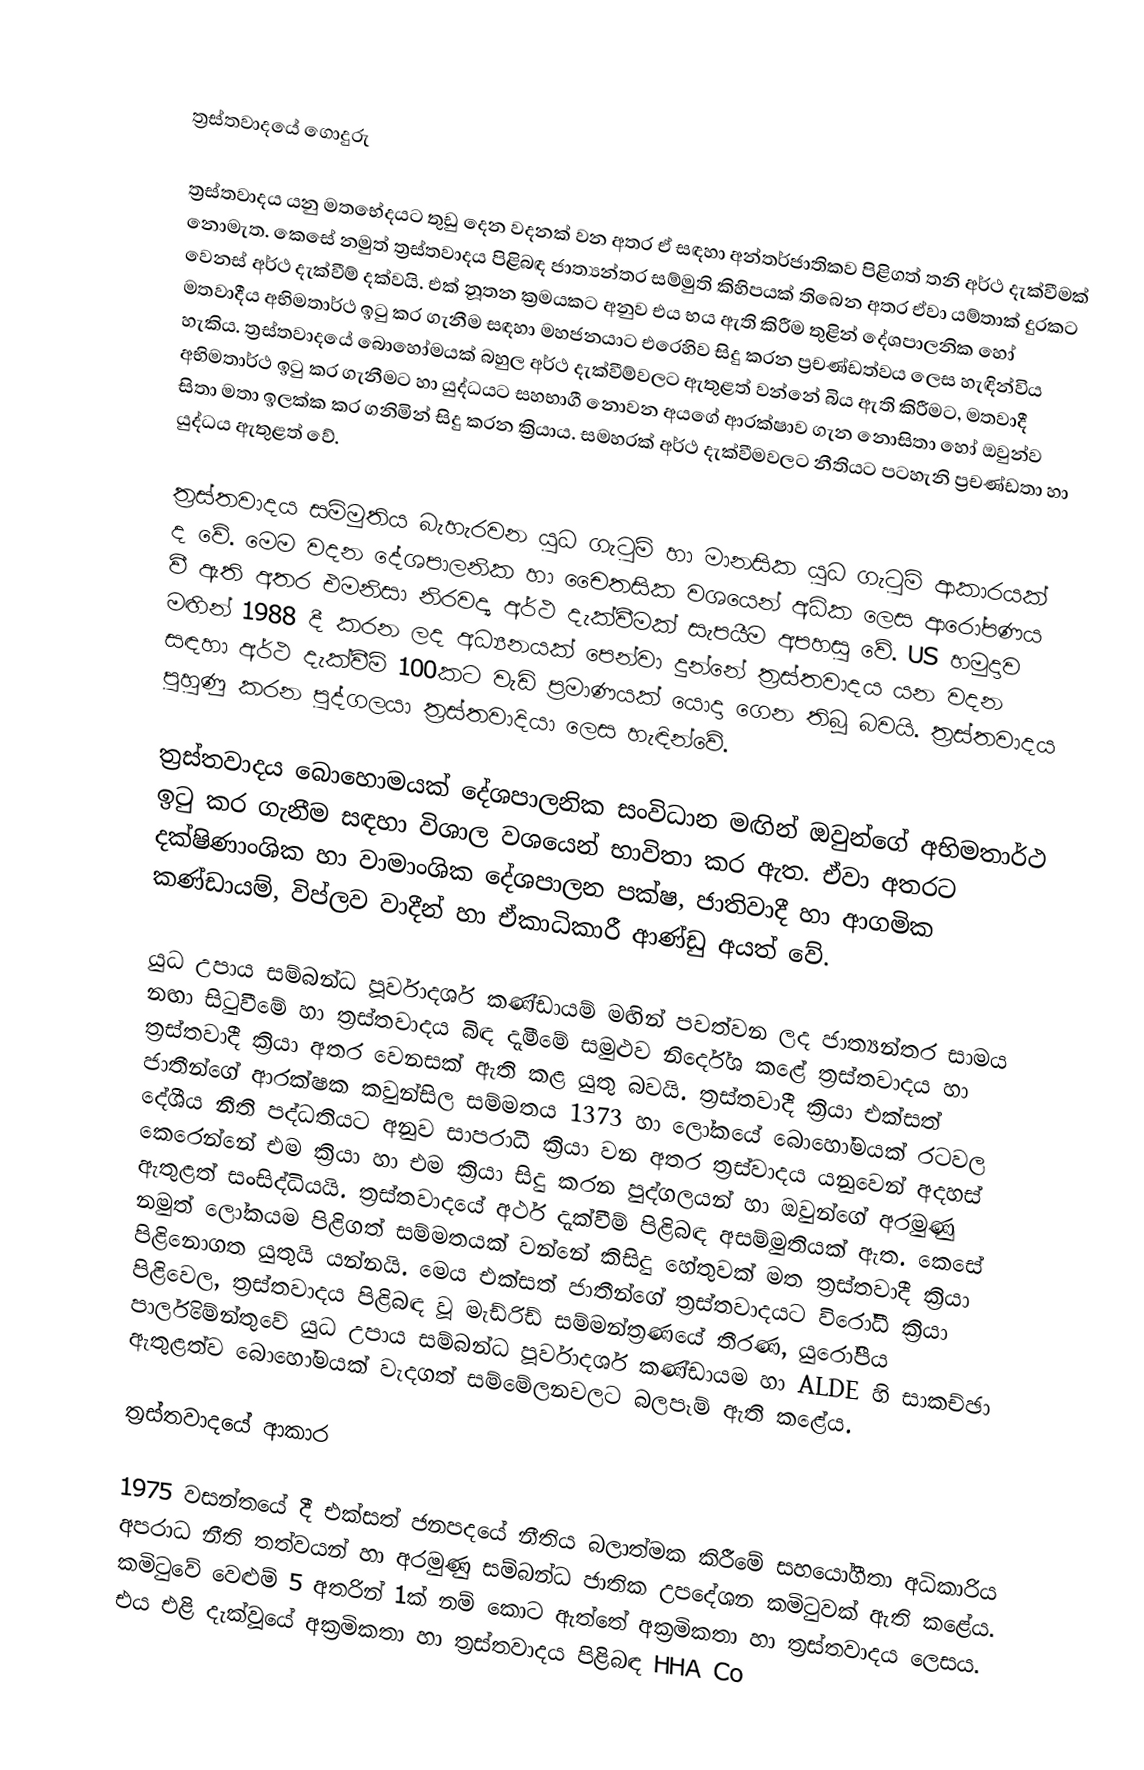

ත්‍රස්තවාදයේ ගොදුරු

ත්‍රස්තවාදය යනු මතභේදයට තුඩු දෙන වදනක් වන අතර ඒ සඳහා අන්තර්ජාතිකව පිළිගත් තනි අර්ථ දැක්වීමක් නොමැත. කෙසේ නමුත් ත්‍රස්තවාදය පිළිබඳ ජාත්‍යන්තර සම්මුති කිහිපයක් තිබෙන අතර ඒවා යම්තාක් දුරකට වෙනස් අර්ථ දැක්වීම් දක්වයි. එක් නූතන ක්‍රමයකට අනුව එය භය ඇති කිරීම තුළින් දේශපාලනික හෝ මතවාදීය අභිමතාර්ථ ඉටු කර ගැනීම සඳහා මහජනයාට ‍එරෙහිව සිදු කරන ප්‍රචණ්ඩත්වය ලෙස හැඳින්විය හැකිය. ත්‍රස්තවාදයේ බොහෝමයක් බහුල අර්ථ දැක්වීම්වලට ඇතුළත් වන්නේ බිය ඇති කිරීමට, මතවාදී අභිමතාර්ථ ඉටු කර ගැනීමට හා යුද්ධයට සහභාගී නොවන අයගේ ආරක්ෂාව ගැන නොසිතා හෝ ඔවුන්ව සිතා මතා ඉලක්ක කර ගනිමින් සිදු කරන ක්‍රියාය. සමහරක් අර්ථ දැක්වීමවලට නීතියට පටහැනි ප්‍රචණ්ඩතා හා යුද්ධය ඇතුළත් වේ.

ත්‍රස්තවාදය සම්මුතිය බැහැරවන යුධ ගැටුම් හා මානසික යුධ ගැටුම් ආකාරයක් ද වේ. මෙම වදන දේශපාලනික හා චෛතසික වශයෙන් අධික ලෙස ආරෝපණය වී ඇති අතර එමනිසා නිරවද්‍ය අර්ථ දැක්වීමක් සැපයීම අපහසු වේ. US හමුදාව මඟින් 1988 දී කරන ලද අධ්‍යනයක් පෙන්වා දුන්නේ ත්‍රස්තවාදය යන වදන සඳහා අර්ථ දැක්වීම් 100කට වැඩි ප්‍රමාණයක් යොදා ගෙන තිබූ බවයි. ත්‍රස්තවාදය පුහුණු කරන පුද්ගලයා ත්‍රස්තවාදියා ලෙස හැඳින්වේ.

ත්‍රස්තවාදය බොහොමයක් දේශපාලනික සංවිධාන මඟින් ඔවුන්ගේ අභිමතාර්ථ ඉටු කර ගැනීම සඳහා විශාල වශයෙන් භාවිතා කර ඇත. ඒවා අතරට දක්ෂිණාංශික හා වාමාංශික දේශපාලන පක්ෂ, ජාතිවාදී හා ආගමික කණ්ඩායම්, විප්ලව වාදීන් හා ඒකාධිකාරී ආණ්ඩු අයත් වේ.

යුධ උපාය සම්බන්ධ පූර්වාදර්ශ කණ්ඩායම් මඟින් පවත්වන ලද ජාත්‍යන්තර සාමය නඟා සිටුවීමේ හා ත්‍රස්තවාදය බිඳ දැමීමේ සමුළුව නිර්දේශ කළේ ත්‍රස්තවාදය හා ත්‍රස්තවාදී ක්‍රියා අතර වෙනසක් ඇති කළ යුතු බවයි. ත්‍රස්තවාදී ක්‍රියා එක්සත් ජාතීන්ගේ ආරක්ෂක කවුන්සිල සම්මතය 1373 හා ලෝකයේ බොහෝමයක් රටවල දේශීය නීති පද්ධතියට අනුව සාපරාධී ක්‍රියා වන අතර ත්‍රස්වාදය යනුවෙන් අදහස් කෙරෙන්නේ එම ක්‍රියා හා එම ක්‍රියා සිදු කරන පුද්ගලයන් හා ඔවු‍න්ගේ අරමුණු ඇතුළත් සංසිද්ධියයි. ත්‍රස්තවාදයේ අර්ථ දැක්වීම් පිළිබඳ අසම්මුතියක් ඇත. කෙසේ නමුත් ලෝකයම පිළිගත් සම්මතයක් වන‍්නේ කිසිදු හේතුවක් මත ත්‍රස්තවාදී ක්‍රියා පිළිනොගත යුතුයි යන්නයි. මෙය එක්සත් ජාතීන්ගේ ත්‍රස්තවාදයට විරෝධී ක්‍රියා පිළිවෙල, ත්‍රස්තවාදය පිළිබඳ වූ මැඩ්රිඩ් සම්මන්ත්‍රණයේ තීරණ, යුරෝපීය පාර්ලිමේන්තුවේ යුධ උපාය සම්බන්ධ පූර්වාදර්ශ කණ්ඩායම හා ALDE හි සාකච්ඡා ඇතුළත්ව බොහෝමයක් වැදගත් සම්මේලනවලට බලපෑම් ඇති කළේය.

ත්‍රස්තවාදයේ ආකාර

1975 වසන්තයේ දී එක්සත් ජනපදයේ නීතිය බලාත්මක කිරීමේ සහයෝගීතා අධිකාරිය අපරාධ නීති තත්වයන් හා අරමුණු සම්බන්ධ ජාතික උපදේශන කමිටුවක් ඇති කළේය. කමිටුවේ වෙළුම් 5 අතරින් 1ක් නම් කොට ඇත්තේ අක්‍රමිකතා හා ත්‍රස්තවාදය ලෙසය. එය එළි දැක්වූයේ අක්‍රමිකතා හා ත්‍රස්තවාදය පිළිබඳ HHA Co